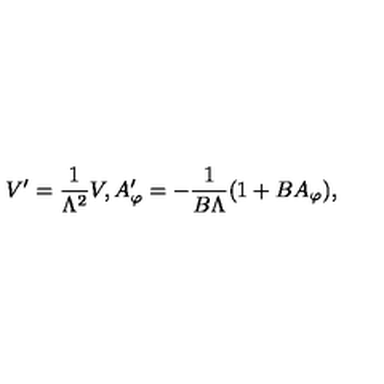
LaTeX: V ^ { \prime } = \frac { 1 } { \Lambda ^ { 2 } } V , A _ { \varphi } ^ { \prime } = - \frac { 1 } { B \Lambda } ( 1 + B A _ { \varphi } ) ,